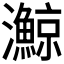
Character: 𪸉